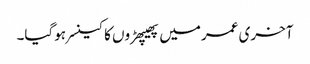
آخری عمرمیں پھیپھڑوں کا کینسر ہوگیا۔